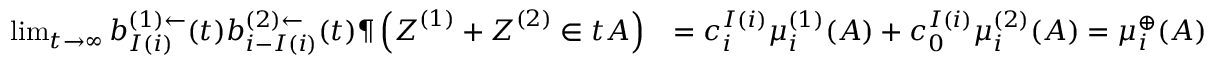
\begin{array} { r l } { \operatorname* { l i m } _ { t \to \infty } b _ { I ( i ) } ^ { ( 1 ) \leftarrow } ( t ) b _ { i - I ( i ) } ^ { ( 2 ) \leftarrow } ( t ) \P \left( \boldsymbol Z ^ { ( 1 ) } + \boldsymbol Z ^ { ( 2 ) } \in t A \right) } & { = c _ { i } ^ { I ( i ) } \mu _ { i } ^ { ( 1 ) } ( A ) + c _ { 0 } ^ { I ( i ) } \mu _ { i } ^ { ( 2 ) } ( A ) = \mu _ { i } ^ { \oplus } ( A ) } \end{array}